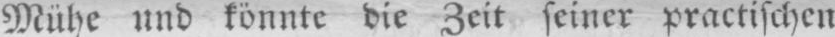
Mühe und könnte die Zeit seiner practischen